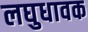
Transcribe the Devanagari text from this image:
लघुधावक